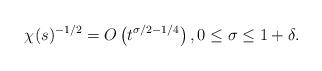
LaTeX: \begin{align*}\chi(s)^{-1/2} = O\left(t^{\sigma/2 - 1/4}\right), 0\leq \sigma\leq 1+\delta. \end{align*}